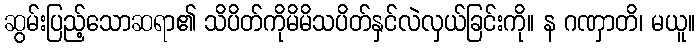
ဆွမ်းပြည့်သောဆရာ၏ သိပိတ်ကိုမိမိသပိတ်နှင်လဲလှယ်ခြင်းကို။ န ဂဏှာတိ၊ မယူ။